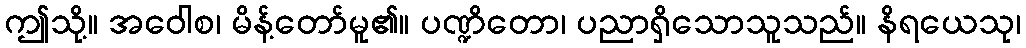
ဤသို့။ အဝေါစ၊ မိန့်တော်မူ၏။ ပဏ္ဍိတော၊ ပညာရှိသောသူသည်။ နိရယေသု၊